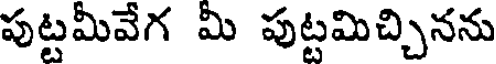
పుట్టమీవేగ మీ పుట్టమిచ్చినను